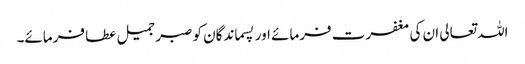
اللہ تعالی ان کی مغفرت فرمائے اور پسماندگان کو صبر جمیل عطا فرمائے۔